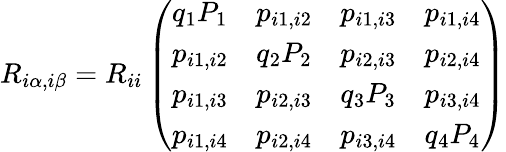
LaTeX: R_{i\alpha,i\beta}=R_{ii}\left(\begin{array}{llll}{q_{1}P_{1}}&{p_{i1,i2}}&{p_{i1,i3}}&{p_{i1,i4}}\\ {p_{i1,i2}}&{q_{2}P_{2}}&{p_{i2,i3}}&{p_{i2,i4}}\\ {p_{i1,i3}}&{p_{i2,i3}}&{q_{3}P_{3}}&{p_{i3,i4}}\\ {p_{i1,i4}}&{p_{i2,i4}}&{p_{i3,i4}}&{q_{4}P_{4}}\end{array}\right)